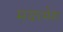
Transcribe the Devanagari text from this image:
मयरमेश